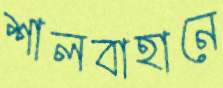
শালবাহানে